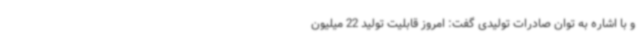
و با اشاره به توان صادرات تولیدی گفت: امروز قابلیت تولید 22 میلیون